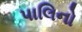
પાલિનો